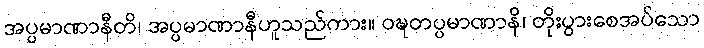
အပ္ပမာဏာနီတိ၊ အပ္ပမာဏာနီဟူသည်ကား။ ဝဍ္ဎတပ္ပမာဏာနိ၊ တိုးပွားစေအပ်သော